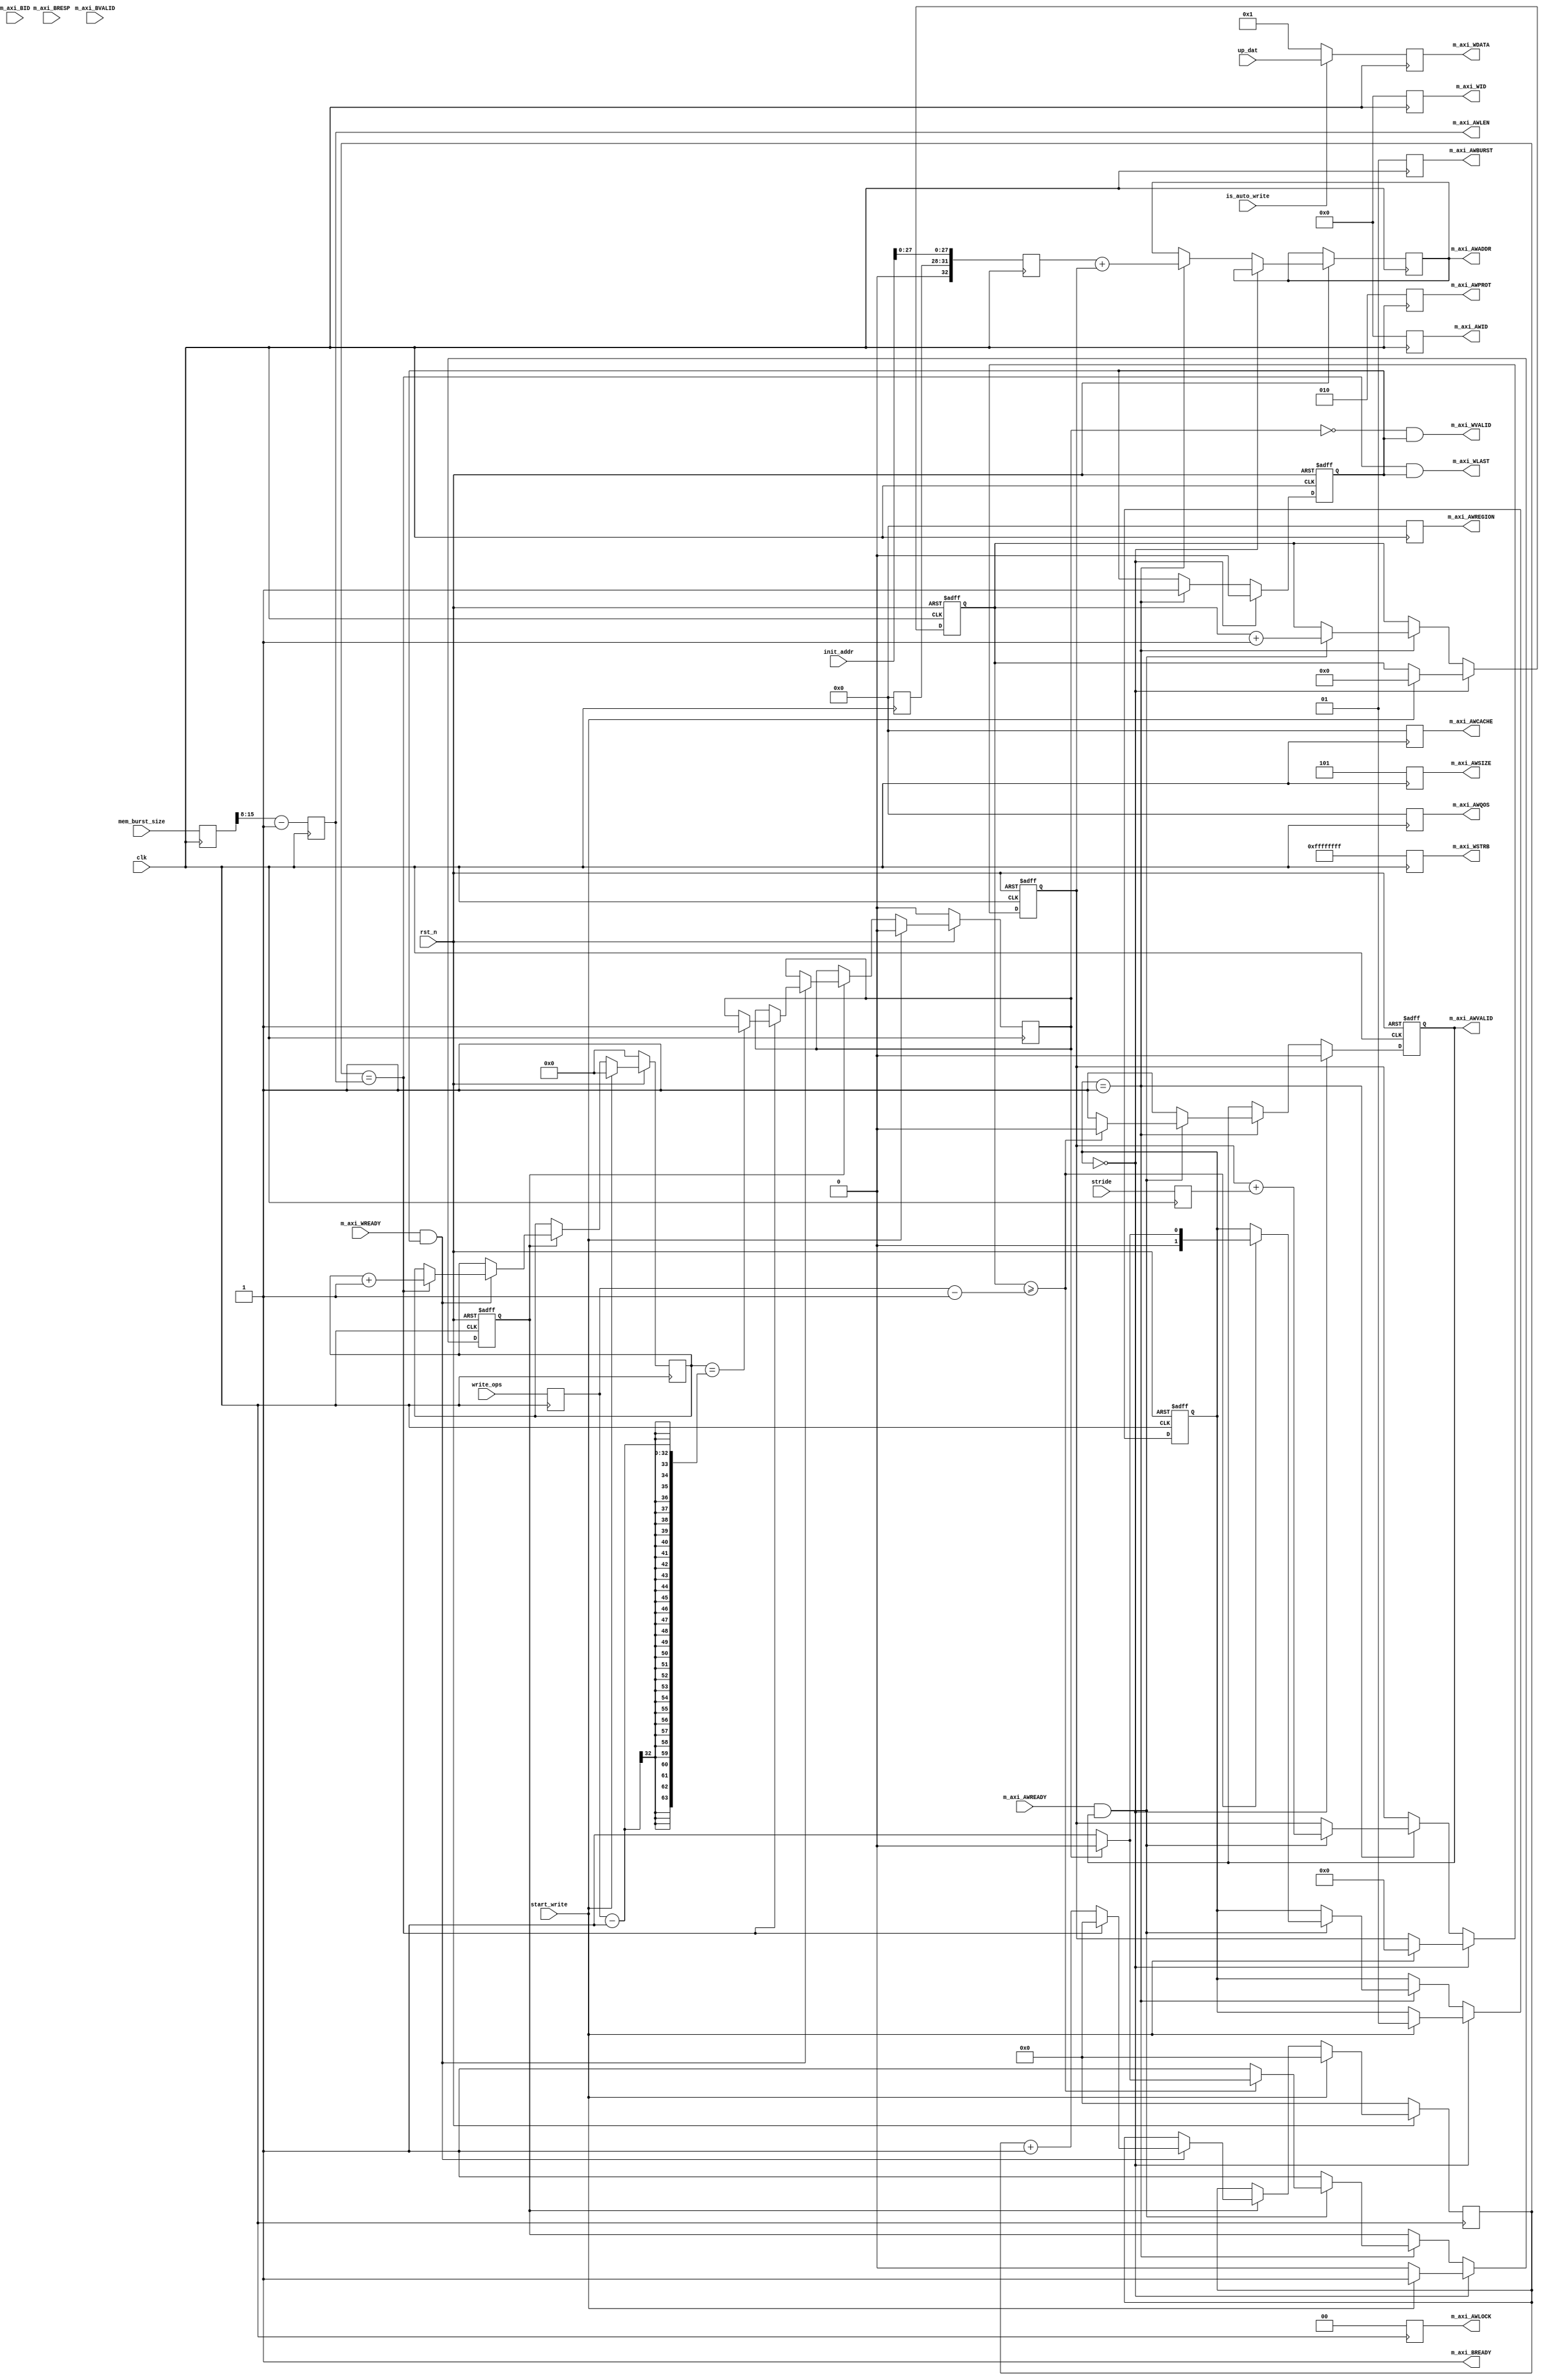
//////////////////////////////////////////////////////////////////////////////////
// Company: 
// Engineer: 
// 
// Design Name: 
// Module Name: bu_write_addr_generator
// Project Name: 
// Target Devices: 
// Tool Versions: 
// Description: 
// 
// Dependencies: 
// 
// Revision:
// Revision 0.01 - File Created
// Additional Comments:
// 
//////////////////////////////////////////////////////////////////////////////////


module hbm_custom_write
# (
    parameter ENGINE_ID       = 0  ,
    parameter ADDR_WIDTH      = 33 ,
    parameter DATA_WIDTH      = 256,  
    parameter ID_WIDTH        = 5  
)
(
    input  wire                   clk,    
    input  wire                   rst_n, 

    input  wire                   start_write,
    input  wire  [32-1:0]         write_ops,
    input  wire  [32-1:0]         stride,
    input  wire  [ADDR_WIDTH-1:0] init_addr,
    input  wire  [15:0]           mem_burst_size,
    input wire   [DATA_WIDTH - 1:0] up_dat,
    input wire                    is_auto_write,

    /////////////////////////Write Address///////////////////////// 
    output wire                       m_axi_AWVALID , //write address valid
    output reg [ADDR_WIDTH - 1:0] m_axi_AWADDR  , //write byte address
    output reg   [ID_WIDTH - 1:0] m_axi_AWID    , //write address id
    output reg              [7:0] m_axi_AWLEN   , //write burst=awlen+1,
    output reg              [2:0] m_axi_AWSIZE  , //write 3'b101, 32B
    output reg              [1:0] m_axi_AWBURST , //write burst type: 01 (INC), 00 (FIXED)
    output reg              [1:0] m_axi_AWLOCK  , //write no
    output reg              [3:0] m_axi_AWCACHE , //write no
    output reg              [2:0] m_axi_AWPROT  , //write no
    output reg              [3:0] m_axi_AWQOS   , //write no
    output reg              [3:0] m_axi_AWREGION, //write no
    input  wire                       m_axi_AWREADY , //write ready to accept address.

    ///////////////////////// Write Data  /////////////////////////
    output wire                     m_axi_WVALID, //write data valid
    output reg  [DATA_WIDTH - 1:0] m_axi_WDATA , //write data 
    output reg [DATA_WIDTH/8-1:0] m_axi_WSTRB,  //wr data strob
    output wire                     m_axi_WLAST , //write data last
    output reg [ID_WIDTH - 1:0] m_axi_WID,      //wr data id
    input  wire                   m_axi_WREADY,

    input wire                    m_axi_BVALID,
    input [1:0]               m_axi_BRESP,
    input [ID_WIDTH - 1:0]    m_axi_BID,
    output wire                   m_axi_BREADY
);

reg    [32-1:0]         write_ops_r;
reg    [32-1:0]         stride_r;
reg    [32-1:0]         addr_write_ops_counter;
reg    [ADDR_WIDTH-1:0] offset_addr;
reg    [15:0] mem_burst_size_r ;
reg           AWVALID_r;
reg           WVALID_r;
reg     [4-1:0]  AXI_SEL_ADDR;
reg  [ADDR_WIDTH-1:0] init_addr_r;
always @(posedge clk)
begin
    mem_burst_size_r <= mem_burst_size;
    m_axi_AWID  <= {ID_WIDTH{1'b0}};
    m_axi_AWLEN <= (mem_burst_size_r>>($clog2(DATA_WIDTH)))-8'b1;
    m_axi_AWSIZE   <= (DATA_WIDTH == 256)? 3'b101:3'b110; //just for 256-bit or 512-bit.
    m_axi_AWBURST  <= 2'b01;   // INC, not FIXED (00)
    m_axi_AWLOCK   <= 2'b00;   // Normal memory operation
    m_axi_AWCACHE  <= 4'b0000; //4'b0011; // Normal, non-cacheable, modifiable, bufferable (Xilinx recommends)
    m_axi_AWPROT   <= 3'b010; //3'b000;  // Normal, secure, data
    m_axi_AWQOS    <= 4'b0000; // Not participating in any Qos schem, a higher value indicates a higher priority transaction
    m_axi_AWREGION <= 4'b0000; // Region indicator, default to 0
    
    if (is_auto_write) m_axi_WDATA <= up_dat;        //data port
    else m_axi_WDATA <= {{(DATA_WIDTH-1){1'b0}}, 1'b1};
    m_axi_WSTRB <= {(DATA_WIDTH/8){1'b1}};
    m_axi_WID   <= {ID_WIDTH{1'b0}};          //maybe play with it.
    AXI_SEL_ADDR   <= ENGINE_ID;
    write_ops_r     <= write_ops;
    stride_r       <= stride;
    init_addr_r    <= {1'b0, AXI_SEL_ADDR, init_addr[27:0]};
end

assign m_axi_BREADY = 1'b1;

assign  m_axi_AWVALID = AWVALID_r;

// =========================================================================== //
// FSM for Control
// =========================================================================== //

localparam idle_mode = 2'b00;
localparam write_mode = 2'b01;
localparam wait_mode = 2'b01;

reg [2-1:0]                    state;
reg                       is_in_progress; 
///////////////////////// Control for write counter  ///////////////////////
reg             [63:0] write_ops_counter;
reg             [7 :0] burst_inc;
reg                    wr_data_done;
always @(posedge clk)
begin
    if (!rst_n) begin
        burst_inc    <= 8'b0;
        write_ops_counter <= 64'b0;
        wr_data_done <= 1'b0;
    end
    else if (start_write) begin
        burst_inc    <= 8'b0;
        wr_data_done <= 1'b0;
        write_ops_counter       <= 64'b0;
    end
    else if (is_in_progress) begin
        if (m_axi_WREADY & WVALID_r) begin
            burst_inc <= burst_inc + 8'b1;
            if (burst_inc == m_axi_AWLEN) begin
                burst_inc <= 8'b0;
                write_ops_counter <= write_ops_counter + 1'b1;
                if (write_ops_counter == (write_ops_r-1)) begin
                    wr_data_done <= 1'b1;
                end
            end
        end
    end
end
///////////////////////// Control for address write counter  ///////////////////////
always @(posedge clk or negedge rst_n)
if(!rst_n) begin
    state <= idle_mode;
    addr_write_ops_counter <= 0;
    offset_addr <= {ADDR_WIDTH{1'b0}};
    AWVALID_r <= 1'b0;
    WVALID_r <= 1'b0;
    is_in_progress <= 1'b0;
end
else begin
    if (state == idle_mode) begin // positive
        is_in_progress <= 1'b0;
        AWVALID_r <= 1'b0;
        WVALID_r <= 1'b0;
        if (start_write) begin
            addr_write_ops_counter <= 0;
            offset_addr <= {ADDR_WIDTH{1'b0}};
            state <= write_mode;
            is_in_progress <= 1'b1;
        end
    end
    else if (state == write_mode) begin
        is_in_progress <= 1'b1;
        AWVALID_r <= 1'b1;
        WVALID_r <= 1'b1;
        m_axi_AWADDR <= init_addr_r + offset_addr;
        if (m_axi_AWREADY & m_axi_AWVALID) begin
            offset_addr <= offset_addr + stride_r; 
            addr_write_ops_counter <= addr_write_ops_counter + 1'b1;
            if (addr_write_ops_counter >= (write_ops_r-1))begin
                AWVALID_r  <= 1'b0;
                if (wr_data_done) begin
                    state <= idle_mode;
                    is_in_progress <= 1'b0;
                end
                else begin
                    state <= wait_mode;
                    is_in_progress <= 1'b1;                  
                end
            end
        end
    end
    else if (state == wait_mode) begin // Wait until the last batch of burst length finish
        is_in_progress <= 1'b1;
        AWVALID_r <= 1'b0;
        WVALID_r <= 1'b1;
        if (wr_data_done) begin
            is_in_progress <= 1'b0;
            AWVALID_r <= 1'b0;
            WVALID_r <= 1'b0;
            state <= idle_mode;
        end
    end
end

assign m_axi_WLAST  = (burst_inc == m_axi_AWLEN) & WVALID_r;
// assign m_axi_WVALID = (write_ops_counter != write_ops_r) & WVALID_r;
assign m_axi_WVALID = (!wr_data_done) & WVALID_r;

assign dn_vld = m_axi_WVALID;
assign dn_dat = m_axi_WDATA;

endmodule